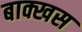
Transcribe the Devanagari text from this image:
बाक्खस